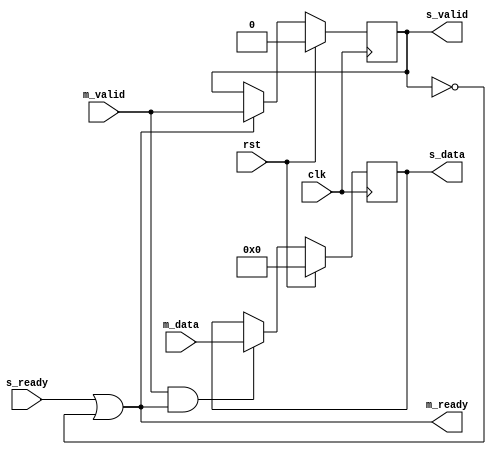
`timescale 1ns/1ps
//valid
module valid_register#(parameter WIDTH = 8)(
	input 			clk,
	input 			rst,
	input 			m_valid,
	output 			m_ready,
	input 	   [WIDTH-1:0]	m_data,
	output reg 		s_valid,
	input 			s_ready,
	output reg [WIDTH-1:0] 	s_data
	);

  always @(posedge clk)begin
   	if (rst)
		s_valid <= 1'd0;
   	else if (m_ready)
		s_valid <= m_valid;
   	else
		s_valid <= s_valid;
  end
//m_readys_valid
	
  always @(posedge clk)begin
   	if (rst)
       		s_data <= 'd0;
   	else if (m_valid && m_ready)
       		s_data <=  m_data;
	else 
		s_data <= s_data;
  end
//s_data
 
  assign m_ready = s_ready || ~s_valid;//

endmodule